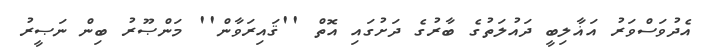
އެދުވަސްވަރު އަޣާލިބީ ދައުލަތުގެ ބާރުގެ ދަށުގައި އޮތް ''ޤައިރަވާން'' މަންޞޫރު ބިން ނަޞީރު